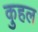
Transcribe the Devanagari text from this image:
कुहल